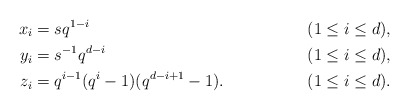
\begin{align*} x_i &= s q^{1-i} && (1 \leq i \leq d),\\ y_i &= s^{-1} q^{d-i} && (1 \leq i \leq d),\\ z_i &= q^{i-1} (q^i-1)(q^{d-i+1}-1). && (1 \leq i \leq d).\end{align*}